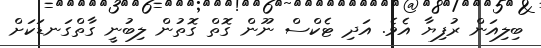
ބިލިއަން ރުފިޔާ އެވެ. އަދި ޓެކްސް ނޫން ގޮތް ގޮތުން ލިބުނީ ގާތްގަނޑަކަށް